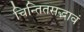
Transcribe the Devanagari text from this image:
चिन्तितसद्भावं